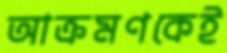
আক্রমণকেই